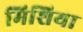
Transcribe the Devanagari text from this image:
मिशिया